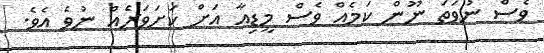
ވެސް ނުވަތަ ނޫން ކަމެއް ވެސް މީޑިއާ އަށް ކަށަވަރެއް ނުވެ އެވެ.